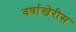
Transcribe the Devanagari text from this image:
वर्षाखेरीस